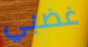
غضبي